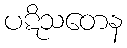
ပဋိသတေန